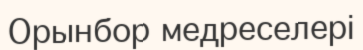
Орынбор медреселері